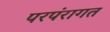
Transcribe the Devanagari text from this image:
परपंरागत